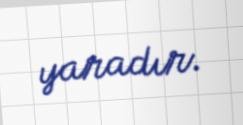
yaradır.